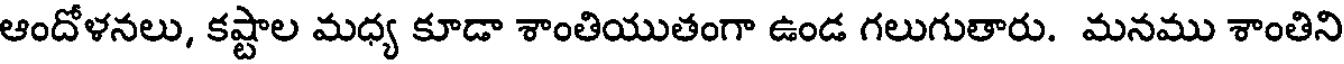
ఆందోళనలు, కష్టాల మధ్య కూడా శాంతియుతంగా ఉండ గలుగుతారు. మనము శాంతిని